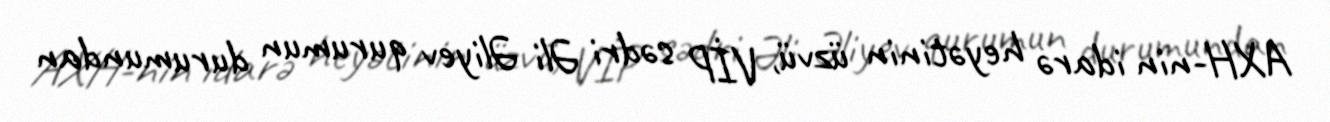
AXH-nin idarə heyətinin üzvü, VİP sədri Əli Əliyev qurumun durumundan